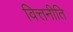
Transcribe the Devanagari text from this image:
वित्तनीति